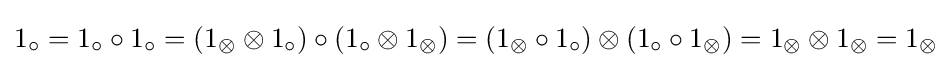
1_{\circ }=1_{\circ }\circ 1_{\circ }=(1_{\otimes }\otimes 1_{\circ })\circ (1_{\circ }\otimes 1_{\otimes })=(1_{\otimes }\circ 1_{\circ })\otimes (1_{\circ }\circ 1_{\otimes })=1_{\otimes }\otimes 1_{\otimes }=1_{\otimes }